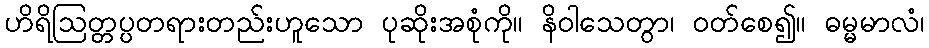
ဟိရိဩတ္တပ္ပတရားတည်းဟူသော ပုဆိုးအစုံကို။ နိဝါသေတွာ၊ ဝတ်စေ၍။ ဓမ္မမာလံ၊